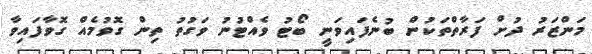
މަންޒަރު ދުށް ފަރާތްތަކުން ބުނެފައިވަނީ ބޯޓު ވެއްޓުނު ވަގުތު ތިން ގޮވުމެއް ގޮވާފައިވާ